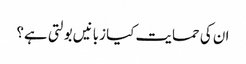
ان کی حمایت کیا زبانیں بولتی ہے؟